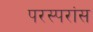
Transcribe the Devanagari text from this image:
परस्परांस